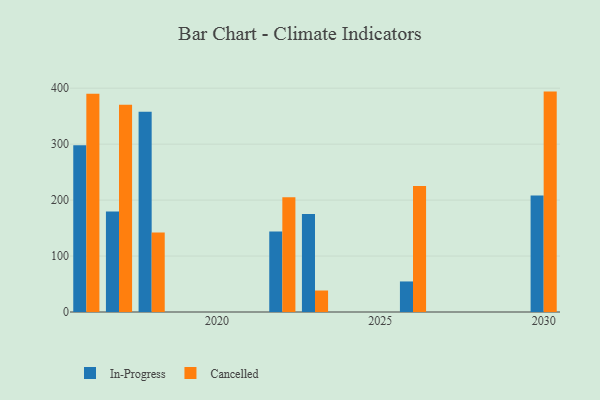
{"axis": {"x": "Year", "y": "Latency (ms)"}, "legend": ["Cancelled", "In-Progress"], "data": [{"x": "2026", "y": 54.6, "type": "In-Progress"}, {"x": "2026", "y": 225.4, "type": "Cancelled"}, {"x": "2018", "y": 357.8, "type": "In-Progress"}, {"x": "2018", "y": 142.0, "type": "Cancelled"}, {"x": "2023", "y": 175.3, "type": "In-Progress"}, {"x": "2023", "y": 38.4, "type": "Cancelled"}, {"x": "2017", "y": 179.7, "type": "In-Progress"}, {"x": "2017", "y": 370.5, "type": "Cancelled"}, {"x": "2016", "y": 298.1, "type": "In-Progress"}, {"x": "2016", "y": 389.9, "type": "Cancelled"}, {"x": "2022", "y": 143.9, "type": "In-Progress"}, {"x": "2022", "y": 205.0, "type": "Cancelled"}, {"x": "2030", "y": 208.2, "type": "In-Progress"}, {"x": "2030", "y": 393.9, "type": "Cancelled"}]}